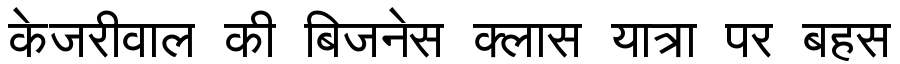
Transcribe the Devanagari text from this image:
केजरीवाल की बिजनेस क्लास यात्रा पर बहस